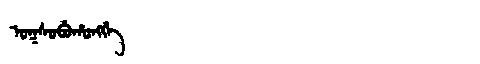
Manchu: ᠣᡴᠰᠣᠪᡠᡥᠣᠩᡤᡝ
Romanization: OKSOBUHONGGE